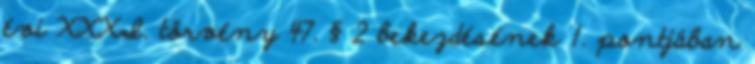
évi XXXI. törvény 47. § 2 bekezdésének 1. pontjában